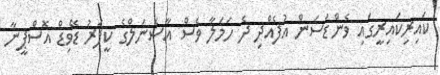
ކައިރިިކައިރީގައި ވެންޑަސަން އުފެއްދި ދެ ހަމަލާ ވެސް އާސެނަލްގެ ކީޕަރު ޑޭވިޑް އޮސްޕީނާ